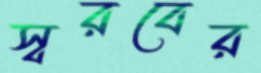
স্বরবের